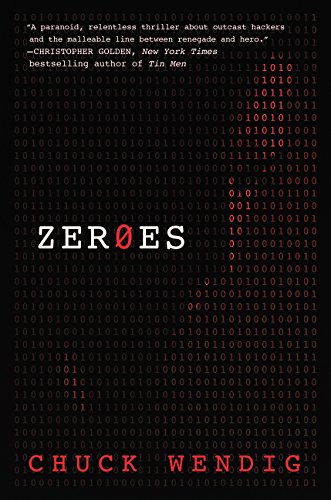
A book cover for Zeroes: A Novel; Chuck Wendig; Mystery, Thriller & Suspense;